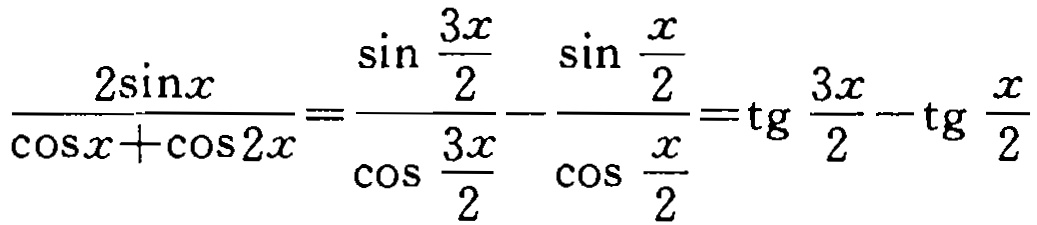
\(\frac{2\sin x}{\cos x+\cos 2x}=\frac{\sin \frac{3x}{2}}{\cos \frac{3x}{2}}-\frac{\sin \frac{x}{2}}{\cos \frac{x}{2}}=\mathrm{tg} \frac{3x}{2}-\mathrm{tg} \frac{x}{2}\)